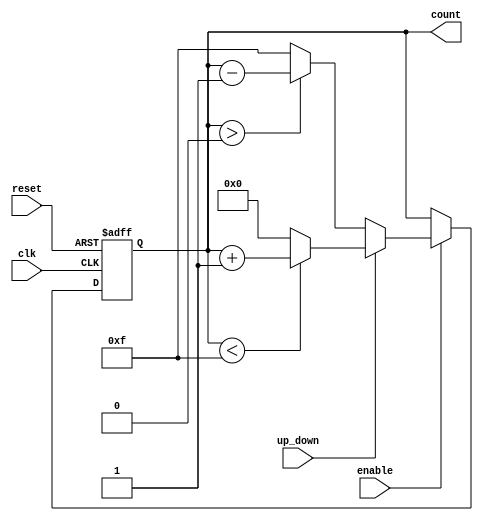
module up_down_counter (
    input wire clk,              // Clock signal
    input wire reset,            // Asynchronous reset signal
    input wire up_down,          // Control signal for counting direction
    input wire enable,           // Control signal to enable counting
    output reg [3:0] count       // 4-bit counter output (adjust width as needed)
);

    // Define the maximum count value based on the width of the counter
    parameter MAX_COUNT = 15;    // For a 4-bit counter (0-15)

    // Asynchronous reset
    always @(posedge clk or posedge reset) begin
        if (reset) begin
            count <= 4'b0000;     // Reset counter to 0
        end else if (enable) begin
            if (up_down) begin
                // Count up
                if (count < MAX_COUNT) begin
                    count <= count + 1;
                end else begin
                    count <= 4'b0000; // Wrap around to 0 on overflow
                end
            end else begin
                // Count down
                if (count > 0) begin
                    count <= count - 1;
                end else begin
                    count <= MAX_COUNT; // Wrap around to MAX_COUNT on underflow
                end
            end
        end
    end

endmodule